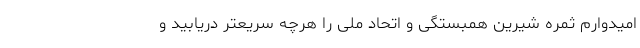
امیدوارم ثمره شیرین همبستگی و اتحاد ملی را هرچه سریعتر دریابید و